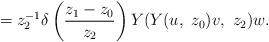
LaTeX: \begin{align*}=z_{2}^{-1}\delta\left(\frac{z_{1}-z_{0}}{z_{2}}\right)Y(Y(u,\ z_{0})v,\ z_{2})w.\end{align*}